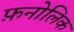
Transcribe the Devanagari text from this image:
फ़नोलिक